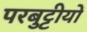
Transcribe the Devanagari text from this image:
परबुट्टीयों